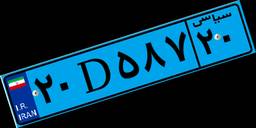
۲۰D۵۸۷۲۰